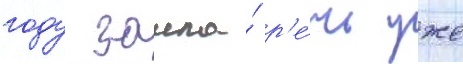
году зашла́ р'е́чь уже